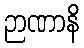
ဉာဏာနိ